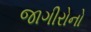
જાગીરોનો